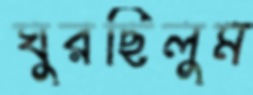
ঘুরছিলুম